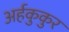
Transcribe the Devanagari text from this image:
अर्हकुकुर